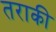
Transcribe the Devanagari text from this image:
तराकी